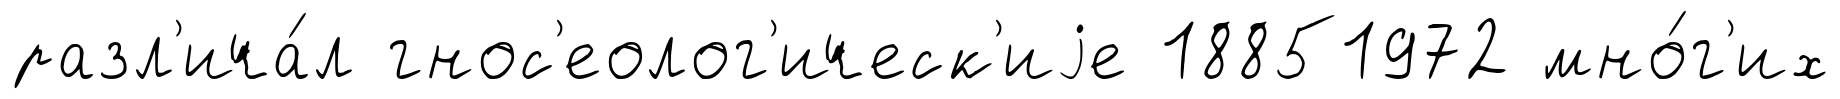
разл'ича́л гнос'еолог'ическ'иjе 18851972 мно́г'их